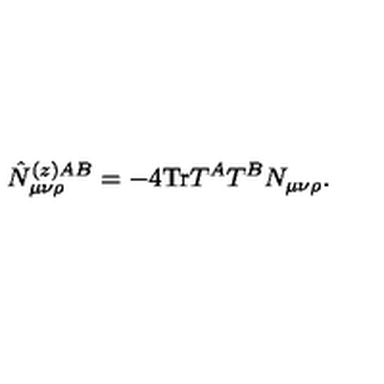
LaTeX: \hat { N } _ { \mu \nu \rho } ^ { ( z ) A B } = - 4 \mathrm { T r } T ^ { A } T ^ { B } N _ { \mu \nu \rho } .